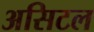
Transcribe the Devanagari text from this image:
असिटल